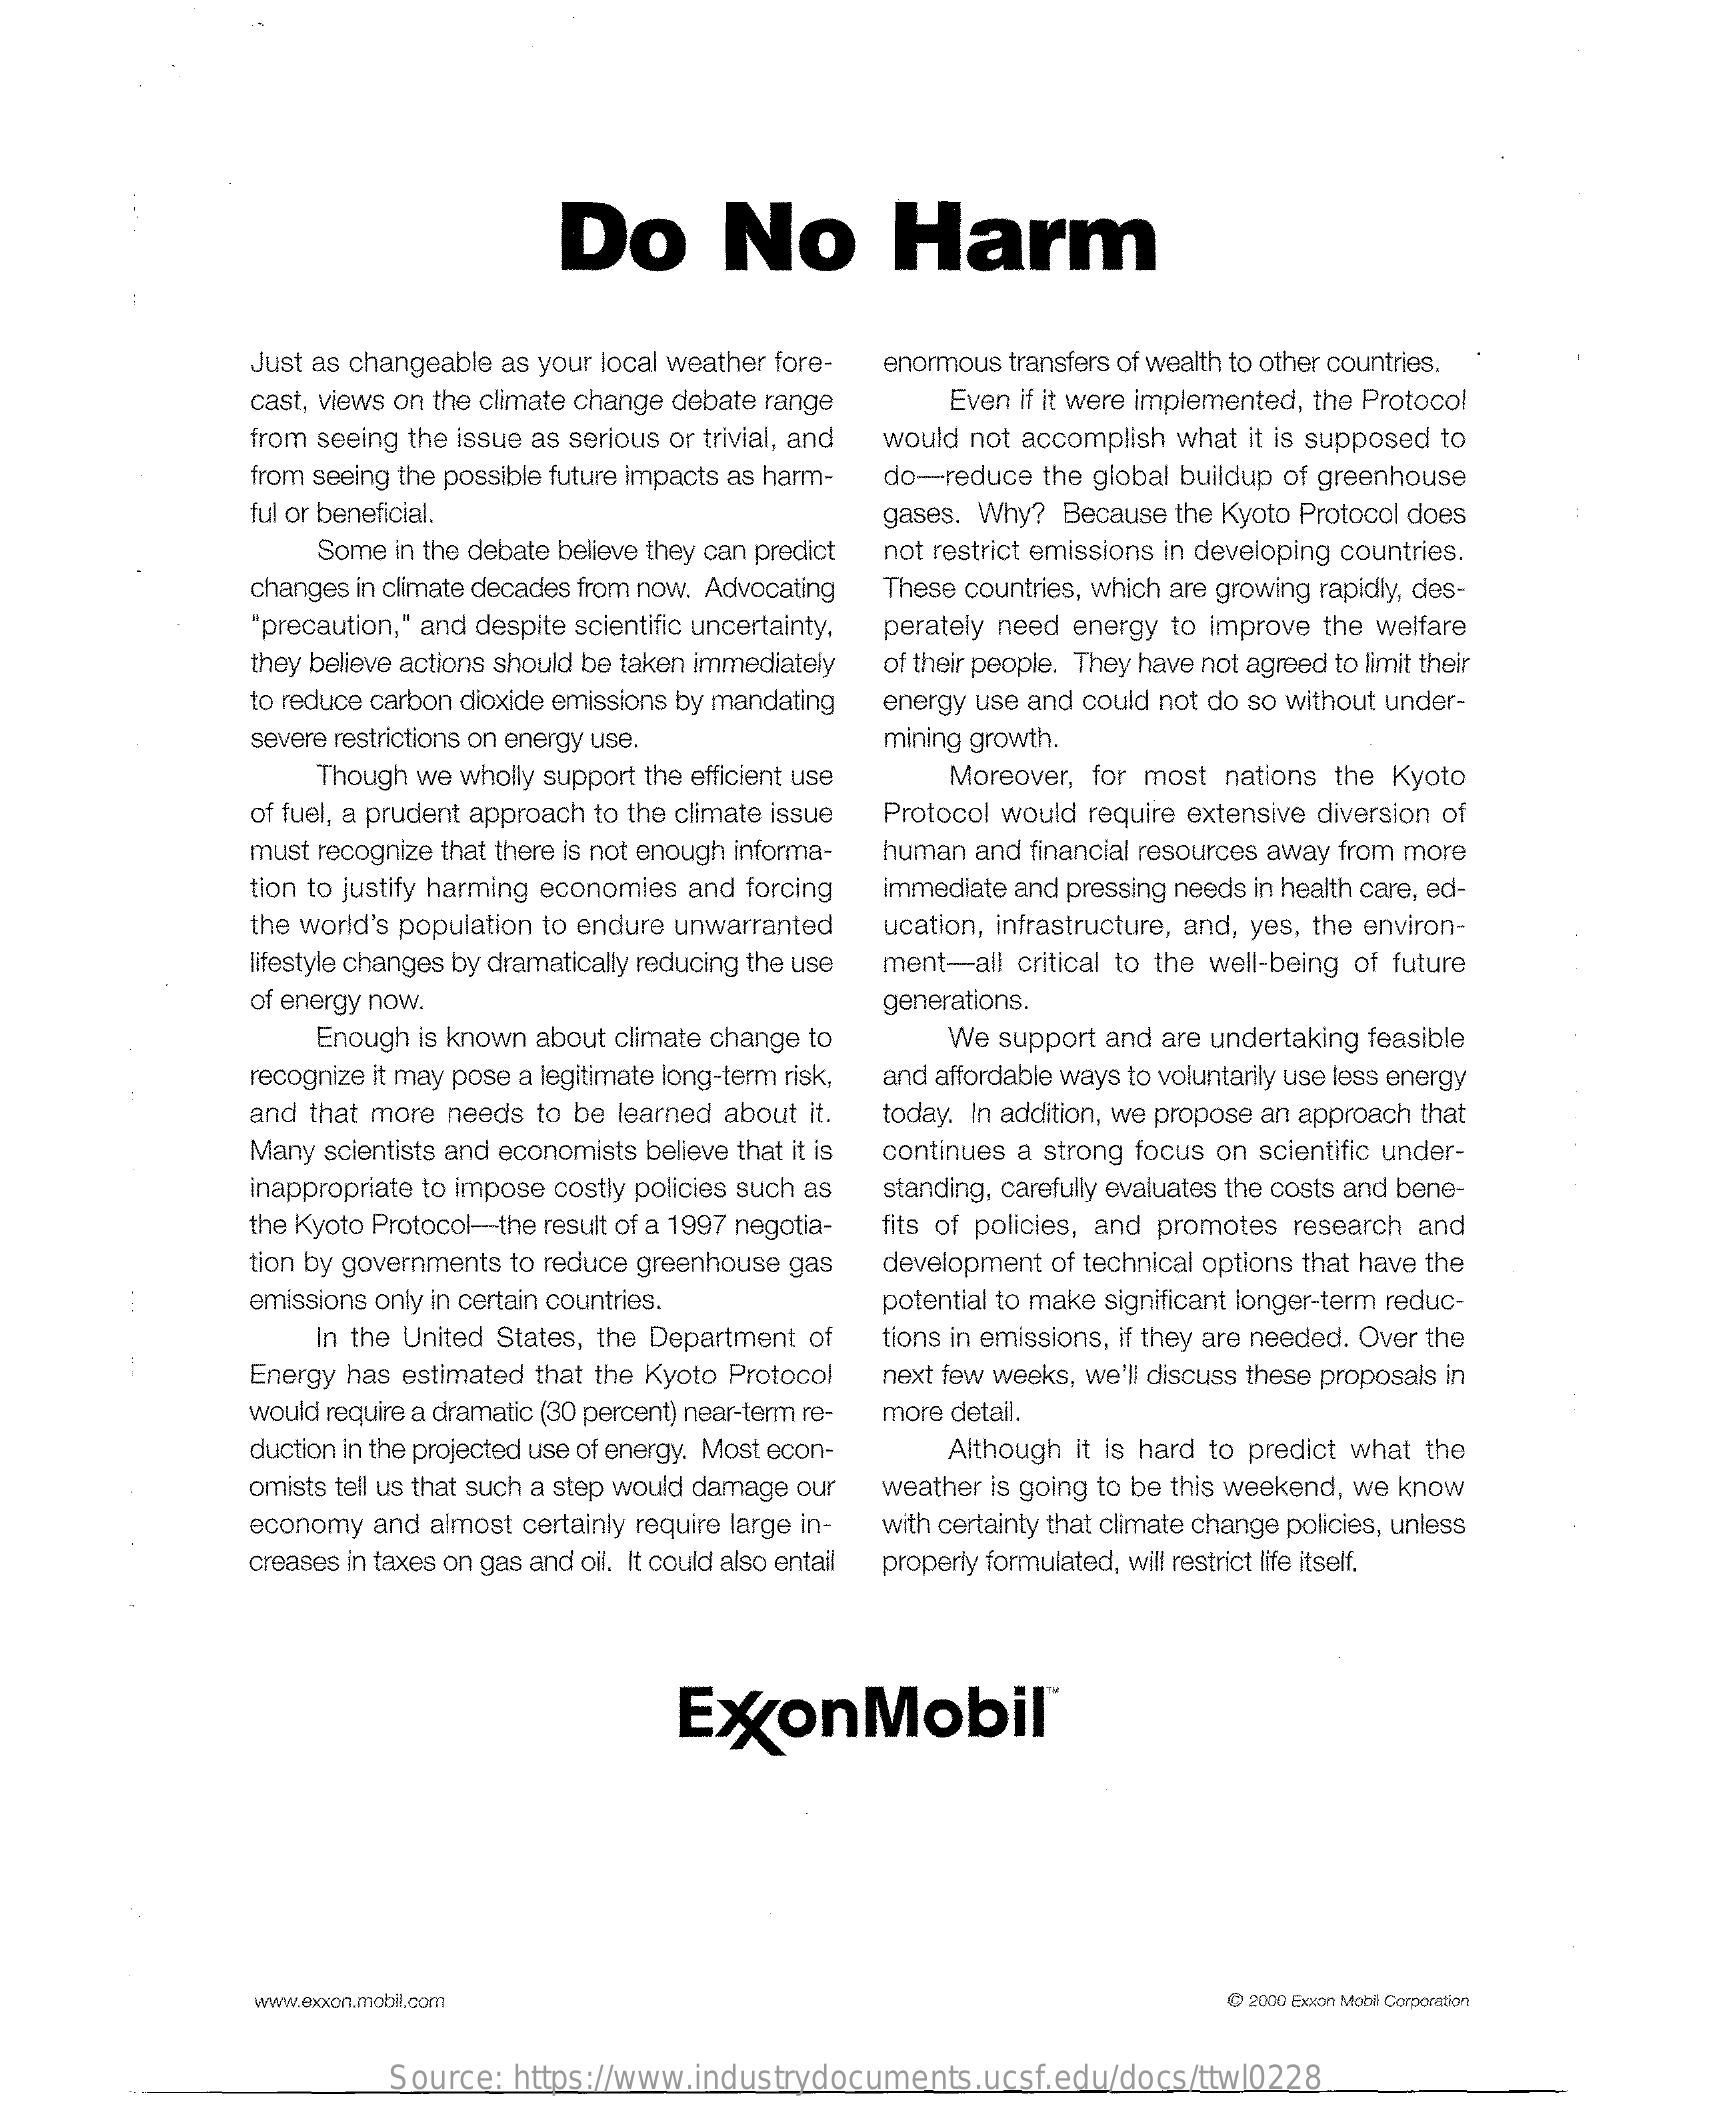
Do    No    Harm
     Just as changeable as your local weather fore- enormous transfers of wealth to other countries.
     cast, views on the climate change debate range   Even if it were implemented, the Protocol
     from seeing the issue as serious or trivial, and would not accomplish what it is supposed to
     from seeing the possible future impacts as harm- do-reduce the global buildup of greenhouse
     ful or beneficial.    gases. Why? Because the Kyoto Protocol does
     Some in the debate believe they can predict not restrict emissions in developing countries.
     changes in climate decades from now. Advocating These countries, which are growing rapidly, des-
     "precaution," and despite scientific uncertainty, perately need energy to improve the welfare
     they believe actions should be taken immediately of their people. They have not agreed to limit their
     to reduce carbon dioxide emissions by mandating energy use and could not do so without under-
     severe restrictions on energy use.    mining growth.
     Though we wholly support the efficient use  Moreover, for most nations the Kyoto
     of fuel, a prudent approach to the climate issue Protocol would require extensive diversion of
     must recognize that there is not enough informa- human and financial resources away from more
     tion to justify harming economies and forcing immediate and pressing needs in health care, ed-
     the world's population to endure unwarranted ucation, infrastructure, and, yes, the environ-
     lifestyle changes by dramatically reducing the use ment-all critical to the well-being of future
     of energy now.    generations.
     Enough is known about climate change to    We support and are undertaking feasible
     recognize it may pose a legitimate long-term risk, and affordable ways to voluntarily use less energy
     and that more needs to be learned about it.  today. In addition, we propose an approach that
     Many scientists and economists believe that it is continues a strong focus on scientific under-
     inappropriate to impose costly policies such as standing, carefully evaluates the costs and bene-
     the Kyoto Protocol-the result of a 1997 negotia- fits of policies, and promotes research and
     tion by governments to reduce greenhouse gas development of technical options that have the
     emissions only in certain countries.    potential to make significant longer-term reduc-
     In the United States, the Department of tions in emissions, if they are needed. Over the
     Energy has estimated that the Kyoto Protocol next few weeks, we'll discuss these proposals in
     would require a dramatic (30 percent) near-term re- more detail.
     duction in the projected use of energy. Most econ- Although it is hard to predict what the
     omists tell us that such a step would damage our weather is going to be this weekend, we know
     economy and almost certainly require large in- with certainty that climate change policies, unless
     creases in taxes on gas and oil. It could also entail property formulated, will restrict life itself.
     ExxonMobil    ™
     www.exxon.mobi.com    @ 2000 Exxon Mobil Corporation
     Source:  https://www.industrydocuments.ucsf.edu/docs/ttwl0228